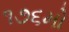
૧૭૬મો